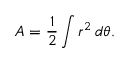
A = { \frac { 1 } { 2 } } \int r ^ { 2 } \, d \theta .